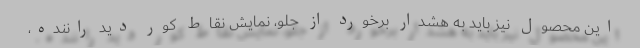
این محصول نیز باید به هشدار برخورد از جلو، نمایش نقاط کور دید راننده،